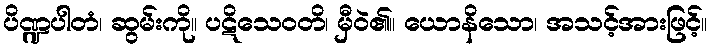
ပိဏ္ဍပါတံ၊ ဆွမ်းကို။ ပဋိသေဝတိ၊ မှီဝဲ၏။ ယောနိသော၊ အသင့်အားဖြင့်။